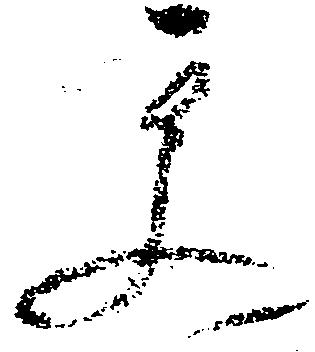
更